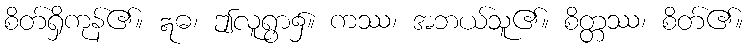
စိတ်ရှိကုန်၏။ ဣဓ၊ ဤလူရွာ၌။ ကဿ၊ အဘယ်သူ၏။ စိတ္တဿ၊ စိတ်၏။